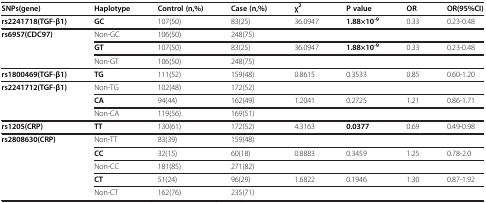
| SNPs(gene) | Haplotype | Control (n,%) | Case (n,%) | χ2 | P value | OR | OR(95%CI) |
 | --- | --- | --- | --- | --- | --- | --- | --- |
 | rs2241718(TGF-β1) | GC | 107(50) | 83(25) | 36.0947 | 1.88×10-9 | 0.33 | 0.23-0.48 |
 | rs6957(CDC97) | Non-GC | 106(50) | 248(75) |  |  |  |  |
 |  | GT | 107(50) | 83(25) | 36.0947 | 1.88×10-9 | 0.33 | 0.23-0.48 |
 |  | Non-GT | 106(50) | 248(75) |  |  |  |  |
 | rs1800469(TGF-β1) | TG | 111(52) | 159(48) | 0.8615 | 0.3533 | 0.85 | 0.60-1.20 |
 | rs2241712(TGF-β1) | Non-TG | 102(48) | 172(52) |  |  |  |  |
 |  | CA | 94(44) | 162(49) | 1.2041 | 0.2725 | 1.21 | 0.86-1.71 |
 |  | Non-CA | 119(56) | 169(51) |  |  |  |  |
 | rs1205(CRP) | TT | 130(61) | 172(52) | 4.3163 | 0.0377 | 0.69 | 0.49-0.98 |
 | rs2808630(CRP) | Non-TT | 83(39) | 159(48) |  |  |  |  |
 |  | CC | 32(15) | 60(18) | 0.8883 | 0.3459 | 1.25 | 0.78-2.0 |
 |  | Non-CC | 181(85) | 271(82) |  |  |  |  |
 |  | CT | 51(24) | 96(29) | 1.6822 | 0.1946 | 1.30 | 0.87-1.92 |
 |  | Non-CT | 162(76) | 235(71) |  |  |  |  |